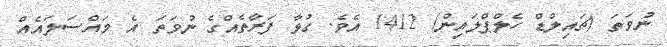
ނުވަތަ (ޗައިލްޑް ހެލްޕްލައިން) 1412 އެވެ. ގުޅާ ފަރާތެއްގެ ނުވަތަ އެ މައްސަލައެއް